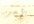
الآخير